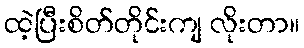
ထဲ့ပြီးစိတ်တိုင်းကျ လိုးတာ။